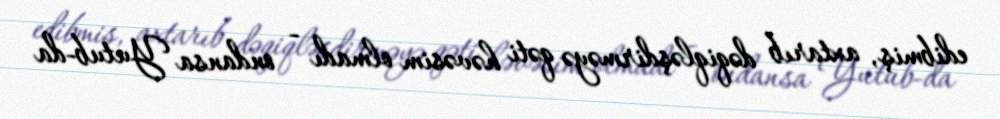
edibmiş, axtarıb dəqiqləşdirməyə qəti həvəsim olmadı - ondansa Yutub-da